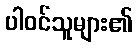
ပါဝင်သူများ၏